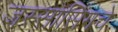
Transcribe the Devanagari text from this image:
जस्सासिंगचे